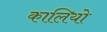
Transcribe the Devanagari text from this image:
कालियो